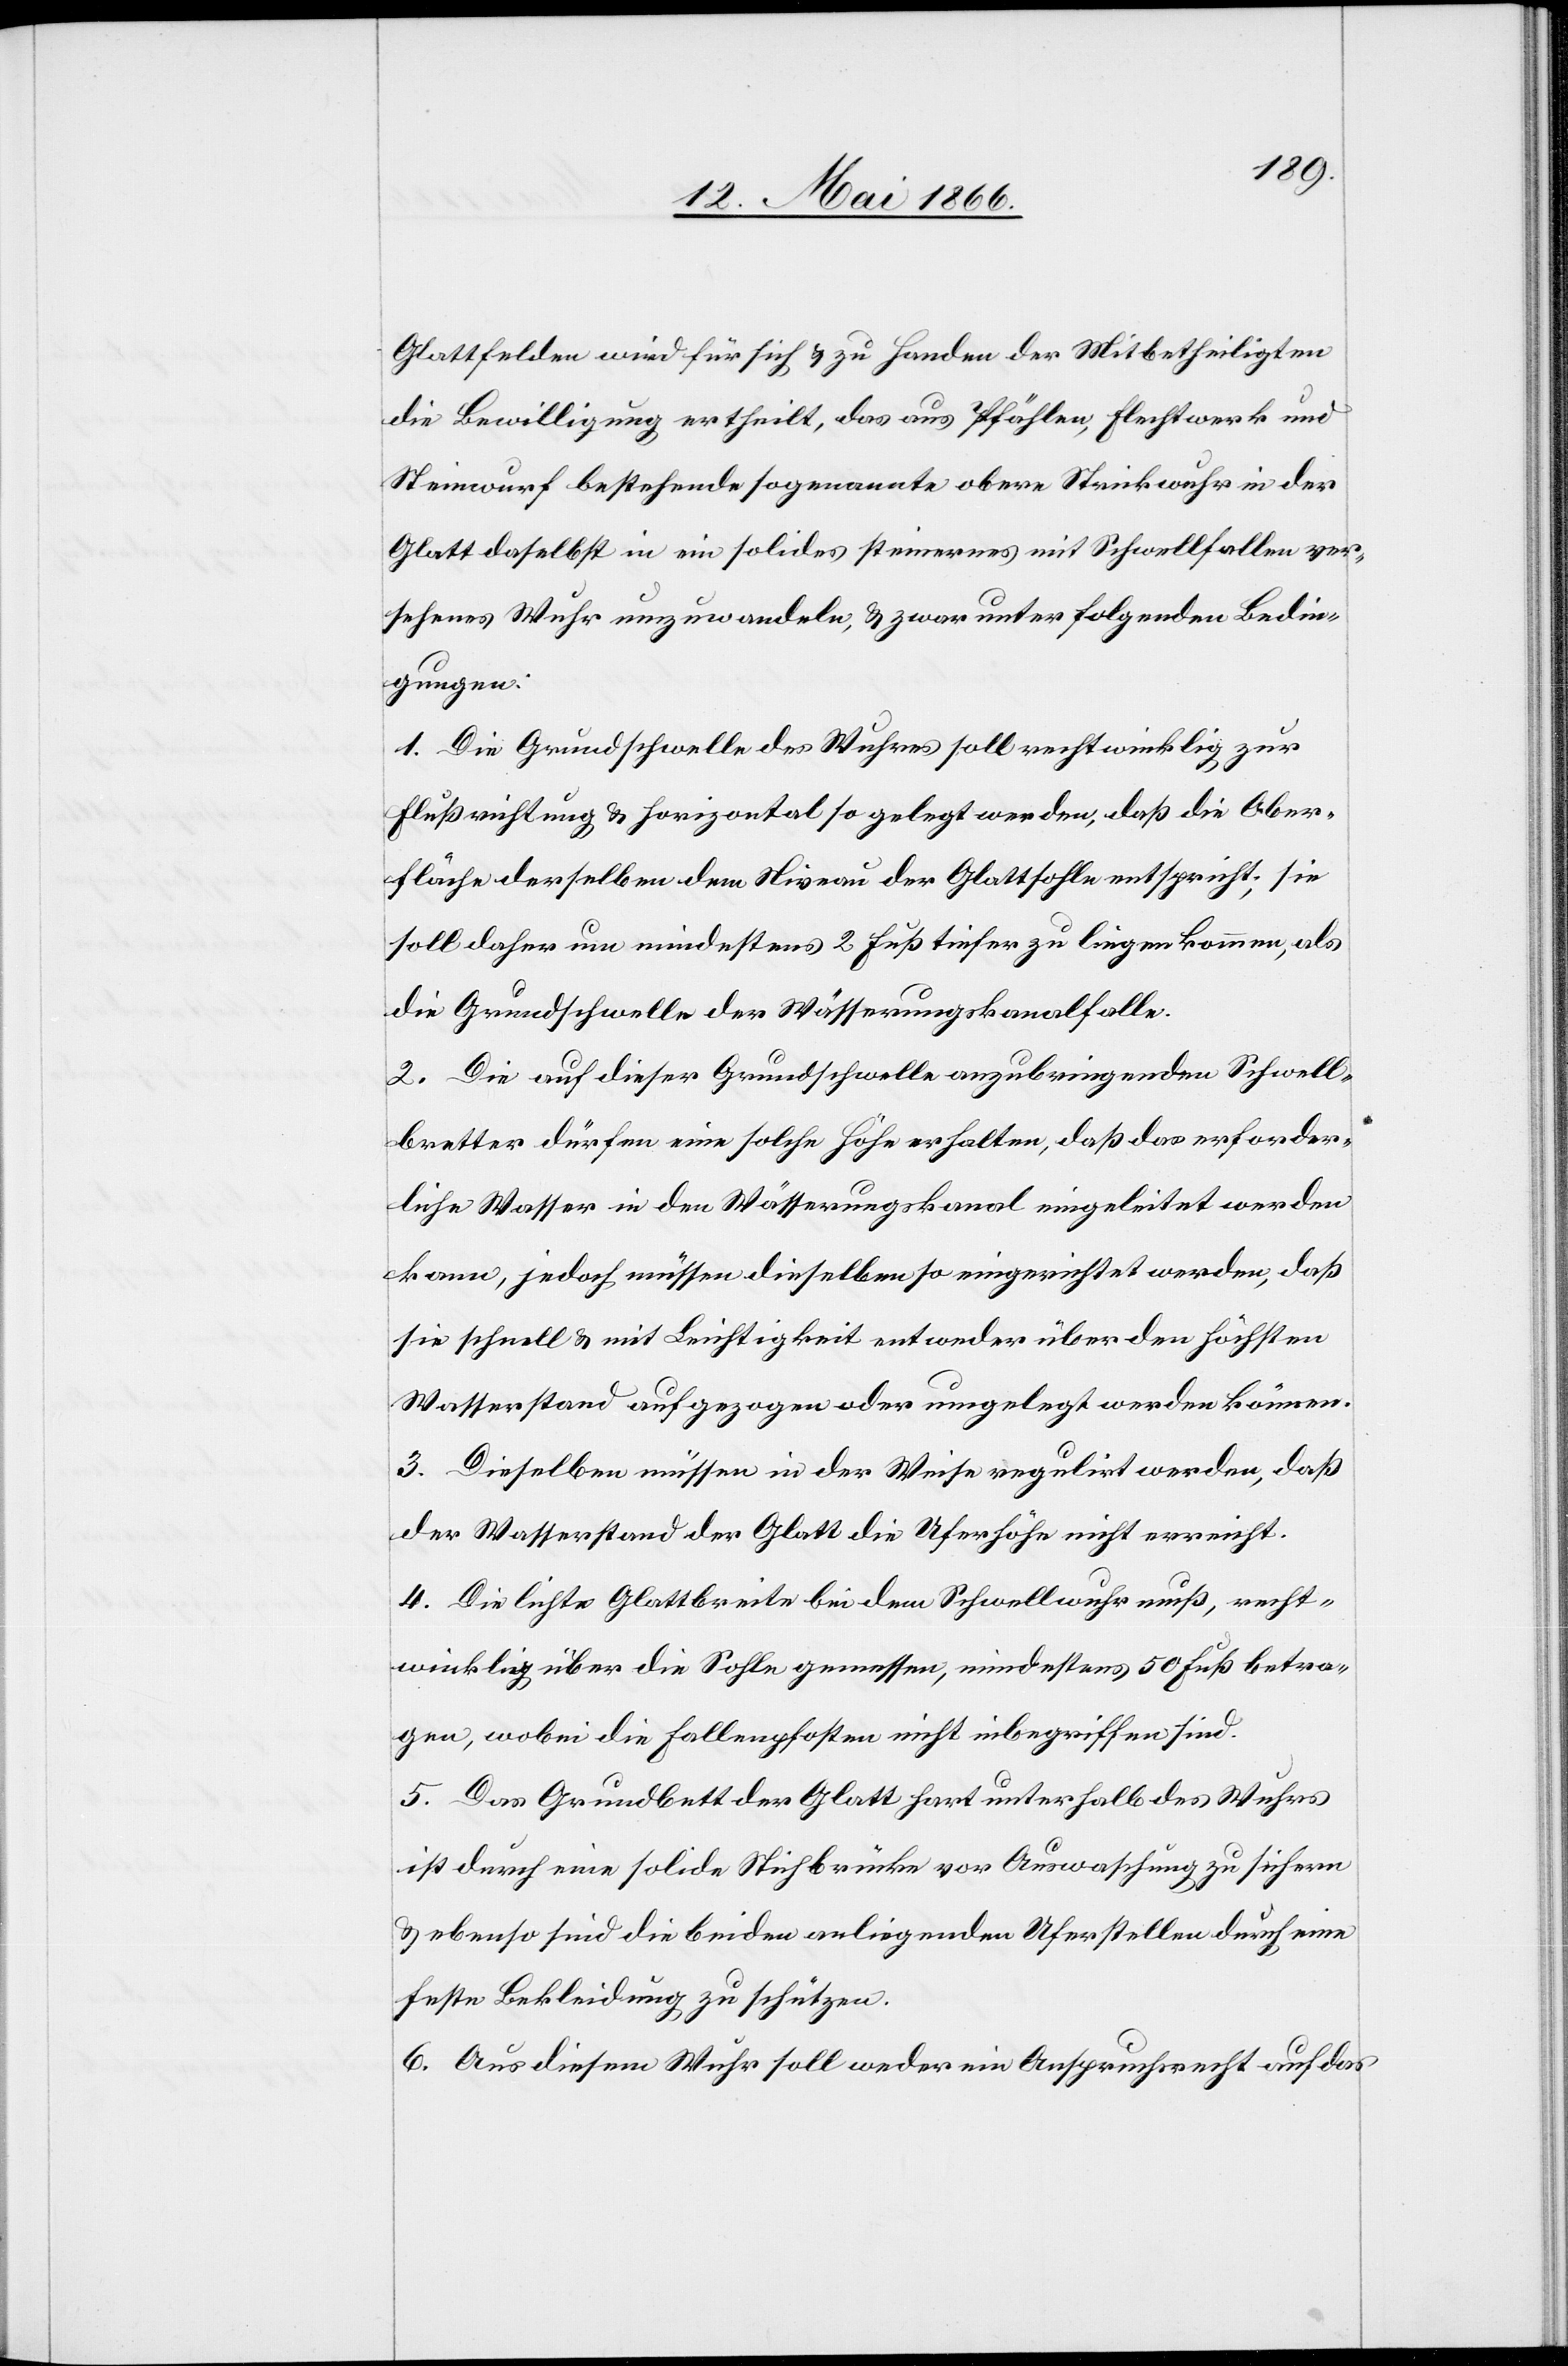
Glattfelden wird für sich u. zu Handen der Mitebetheiligten
die Bewilligung ertheilt, das aus Pfählen, Flechtwerk und
Steinwurf bestehende sogenannte obere Strickwuhr in der
Glatt daselbst in ein solides steinernes mit Schwellfallen ver¬
sehenes Wuhr umzuwandeln, u. zwar unter folgenden Bedin¬
gungen:
1. Die Grundschwelle des Wuhres soll rechtwinklig zur
Flußrichtung u. horizontal so gelegt werden, daß die Ober¬
fläche derselben dem Niveau der Glattsohle entspricht; sie
soll daher um mindestens 2 Fuß tiefer zu liegen kommen, als
die Grundschwelle der Wässerungskanalfalle.
2. Die auf dieser Grundschwelle anzubringenden Schwell¬
bretter dürfen eine solche Höhe erhalten, daß das erforder¬
liche Wasser in den Wässerungskanal eingeleitet werden
kann, jedoch müssen dieselben so eingerichtet werden, daß
sie schnell u. mit Leichtigkeit entweder über den höchsten
Wasserstand aufgezogen oder regulirt werden können.
3. Dieselben müssen in der Weise regulirt werden, daß
der Wasserstand der Glatt die Uferhöhe nicht erreicht.
4. Die lichte Glattbreite bei dem Schwellwuhr muß, recht¬
winklig, über die Sohle gemessen, mindestens 50 Fuß betra¬
gen, wobei die Fallenpfosten nicht inbegriffen sind.
5. Das Grundbett der Glatt hart unterhalb des Wuhres
ist durch eine solide Stichbrücke vor Auswaschung zu sichern
u. ebenso sind die beiden anliegenden Uferstellen durch eine
feste Bekleidung zu schützen.
6. Aus diesem Wuhr soll weder ein Anspruchsrecht auf das